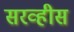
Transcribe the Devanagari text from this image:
सरव्हीस